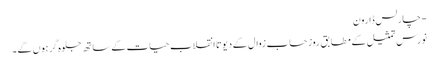
- چارلس ڈارون
نورس تمثیل کے مطابق روز حساب زوال کے دیوتا انقلاب حیات کے ساتھ جلوہ گر ہوں گے ۔